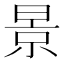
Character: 景